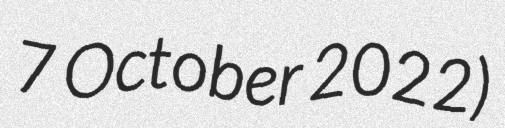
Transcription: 7 October 2022)